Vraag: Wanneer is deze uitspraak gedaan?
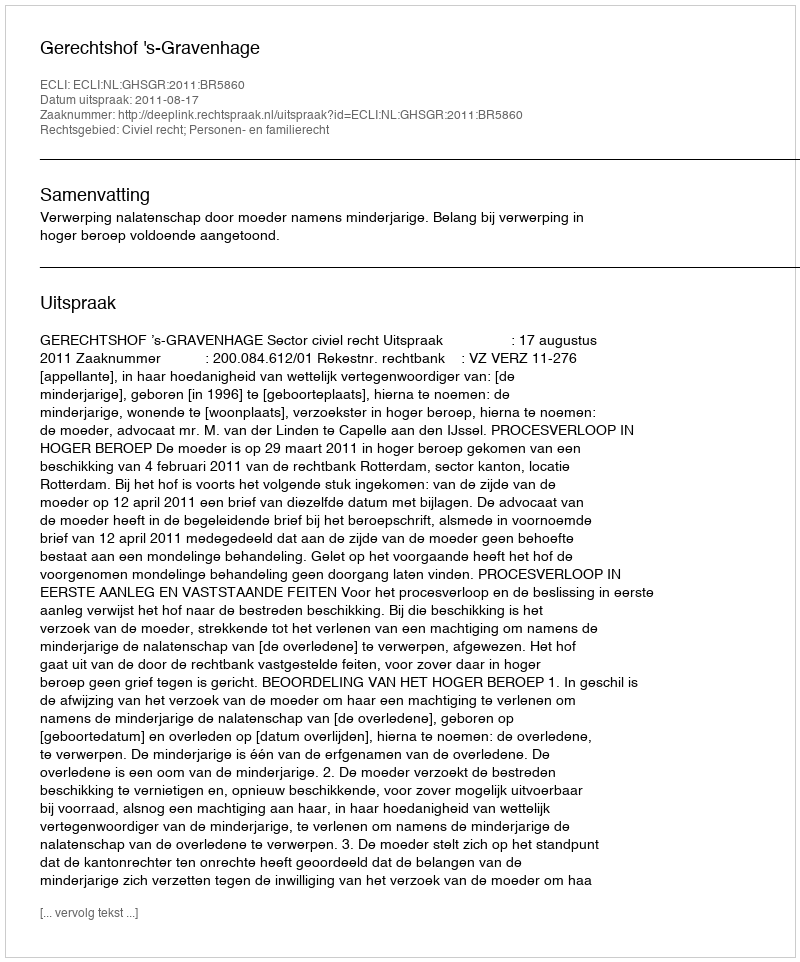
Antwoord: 2011-08-17